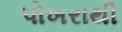
પોખરાથી